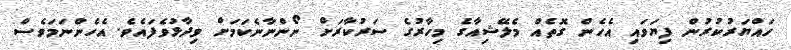
ހައްޔަރުކުރުން ފިޔަވައި އެހެން ގޮތެއް މެލޭޝިއާގެ މިހާރުގެ ސަރުކާރަށް ނޯންނާނެކަމަށް ވިދާޅުވެފައެވެ. އެހެންނަމަވެސް